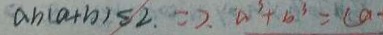
a b ( a + b ) \leq 2 . = 2 . a ^ { 3 } + b ^ { 3 } = ( a